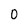
Character: 0